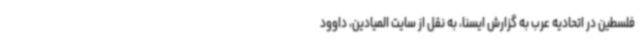
فلسطین در اتحادیه عرب به گزارش ایسنا، به نقل از سایت المیادین، داوود